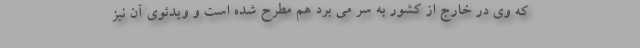
که وی در خارج از کشور به سر می برد هم مطرح شده است و ویدئوی آن نیز